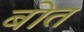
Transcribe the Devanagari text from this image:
बोत